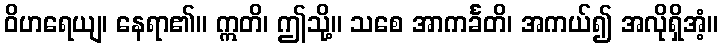
ဝိဟရေယျ၊ နေရာ၏။ ဣတိ၊ ဤသို့။ သစေ အာကင်္ခတိ၊ အကယ်၍ အလိုရှိအံ့။